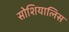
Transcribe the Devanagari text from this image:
सोशियालिस